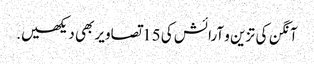
آنگن کی تزین و آرائش کی 15 تصاویر بھی دیکھیں.